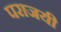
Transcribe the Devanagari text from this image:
पराजयी